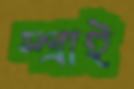
স্প্রাই